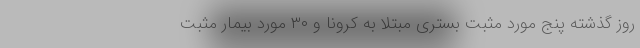
روز گذشته پنج مورد مثبت بستری مبتلا به کرونا و ۳۰ مورد بیمار مثبت